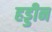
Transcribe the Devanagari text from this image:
हड्डीन